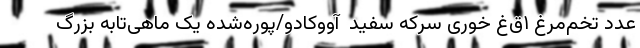
عدد تخم‌مرغ ۱‌ق‌غ خوری سرکه سفید  آووکادو/پوره‌شده یک ماهی‌تابه بزرگ